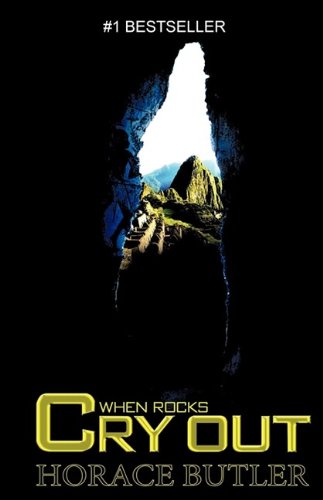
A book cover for When Rocks Cry Out (English Edition); Horace Butler; History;